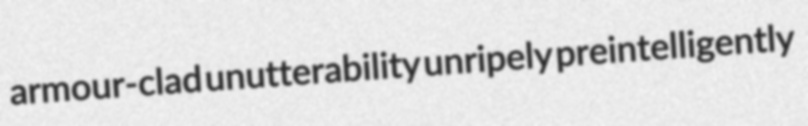
armour-clad unutterability unripely preintelligently